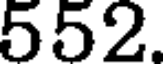
552.